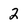
Character: 2